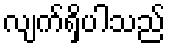
လျက်ရှိပါသည်